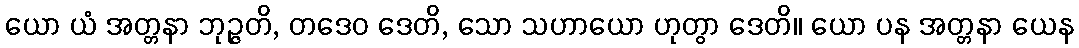
ယော ယံ အတ္တနာ ဘုဉ္ဇတိ, တဒေဝ ဒေတိ, သော သဟာယော ဟုတွာ ဒေတိ။ ယော ပန အတ္တနာ ယေန